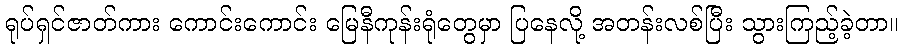
ရုပ်ရှင်ဇာတ်ကား ကောင်းကောင်း မြေနီကုန်းရုံတွေမှာ ပြနေလို့ အတန်းလစ်ပြီး သွားကြည့်ခဲ့တာ။